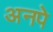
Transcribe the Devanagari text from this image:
अनपे